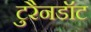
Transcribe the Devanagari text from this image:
टुरैनडॉट